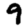
Digit: 9